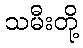
သမီးတို့